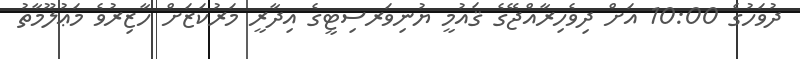
ދުވަހުގެ 10:00 އަށް ދިވެހިރާއްޖޭގެ ޤައުމީ ޔުނިވަރސިޓީގެ އިދާރީ މަރުކަޒަށް ހާޒިރުވެ މަޢުލޫމާތު